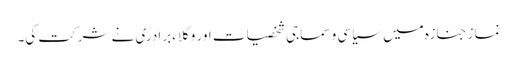
نماز جنازہ میں سیاسی و سماجی شخصیات اور وکلاء برادری نے شرکت کی۔